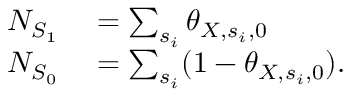
\begin{array} { r l } { N _ { S _ { 1 } } } & { { } = \sum _ { s _ { i } } \theta _ { X , s _ { i } , 0 } } \\ { N _ { S _ { 0 } } } & { { } = \sum _ { s _ { i } } ( 1 - \theta _ { X , s _ { i } , 0 } ) . } \end{array}